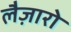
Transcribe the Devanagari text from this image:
लैज़ारो